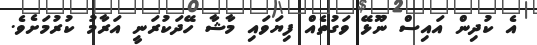
އެ ކުދިން އައިސް ނޫޅޭ ވަގުތެއް ފިޔަވައި މާޝާ ހޭދަކުރަނީ އަރާމު ކުރުމަށެވެ.